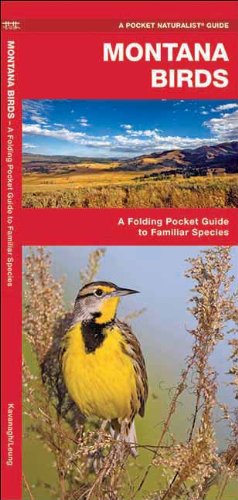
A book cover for Montana Birds: A Folding Pocket Guide to Familiar Species (Pocket Naturalist Guide Series); James Kavanagh; Travel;